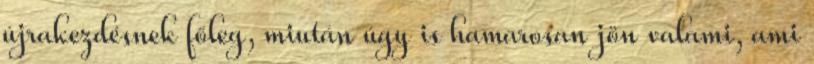
újrakezdésnek főleg, miután úgy is hamarosan jön valami, ami